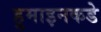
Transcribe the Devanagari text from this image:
हुमाइनकडे